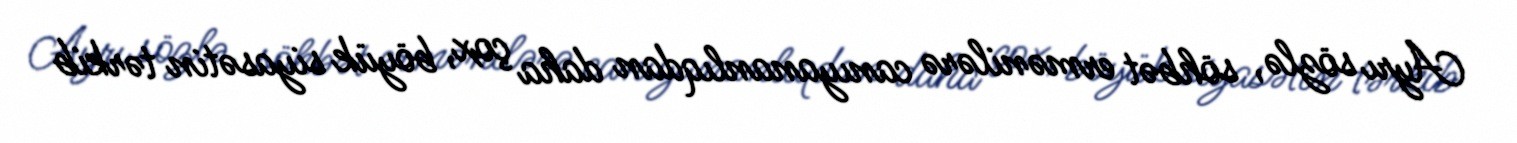
Ayrı sözlə, söhbət ermənilərə canıyananlıqdan daha çox, böyük siyasətin tərkib